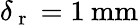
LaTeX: \delta_{\mathrm{~r~}}=1\: \mathrm{mm}